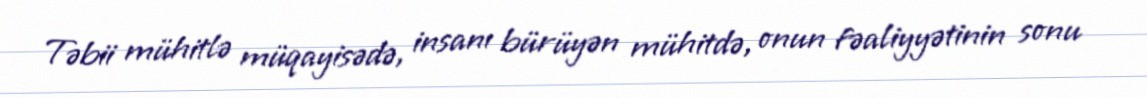
Təbii mühitlə müqayisədə, insanı bürüyən mühitdə, onun fəaliyyətinin sonu